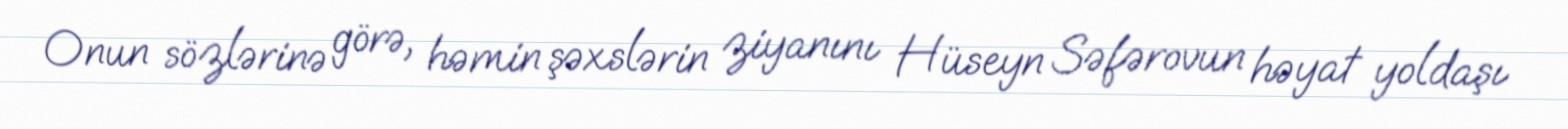
Onun sözlərinə görə, həmin şəxslərin ziyanını Hüseyn Səfərovun həyat yoldaşı